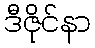
ဒီဇိုင်နာ